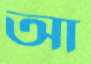
আ